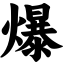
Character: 爆